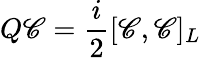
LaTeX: Q\mathscr{C}={\frac{{i}}{{2}}}[\mathscr{C},\mathscr{C}]_{L}